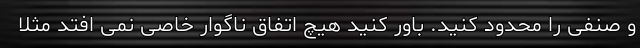
و صنفی را محدود کنید. باور کنید هیچ اتفاق ناگوار خاصی نمی افتد مثلاً